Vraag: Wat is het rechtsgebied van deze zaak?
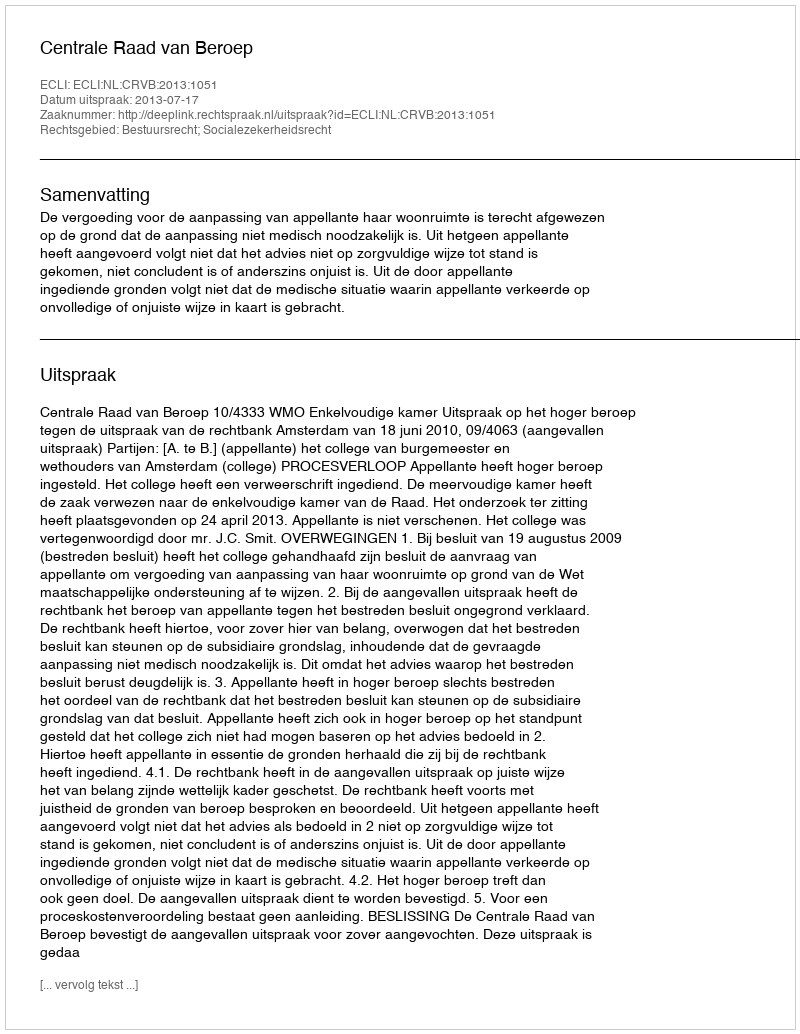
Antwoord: Bestuursrecht; Socialezekerheidsrecht